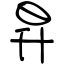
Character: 昇